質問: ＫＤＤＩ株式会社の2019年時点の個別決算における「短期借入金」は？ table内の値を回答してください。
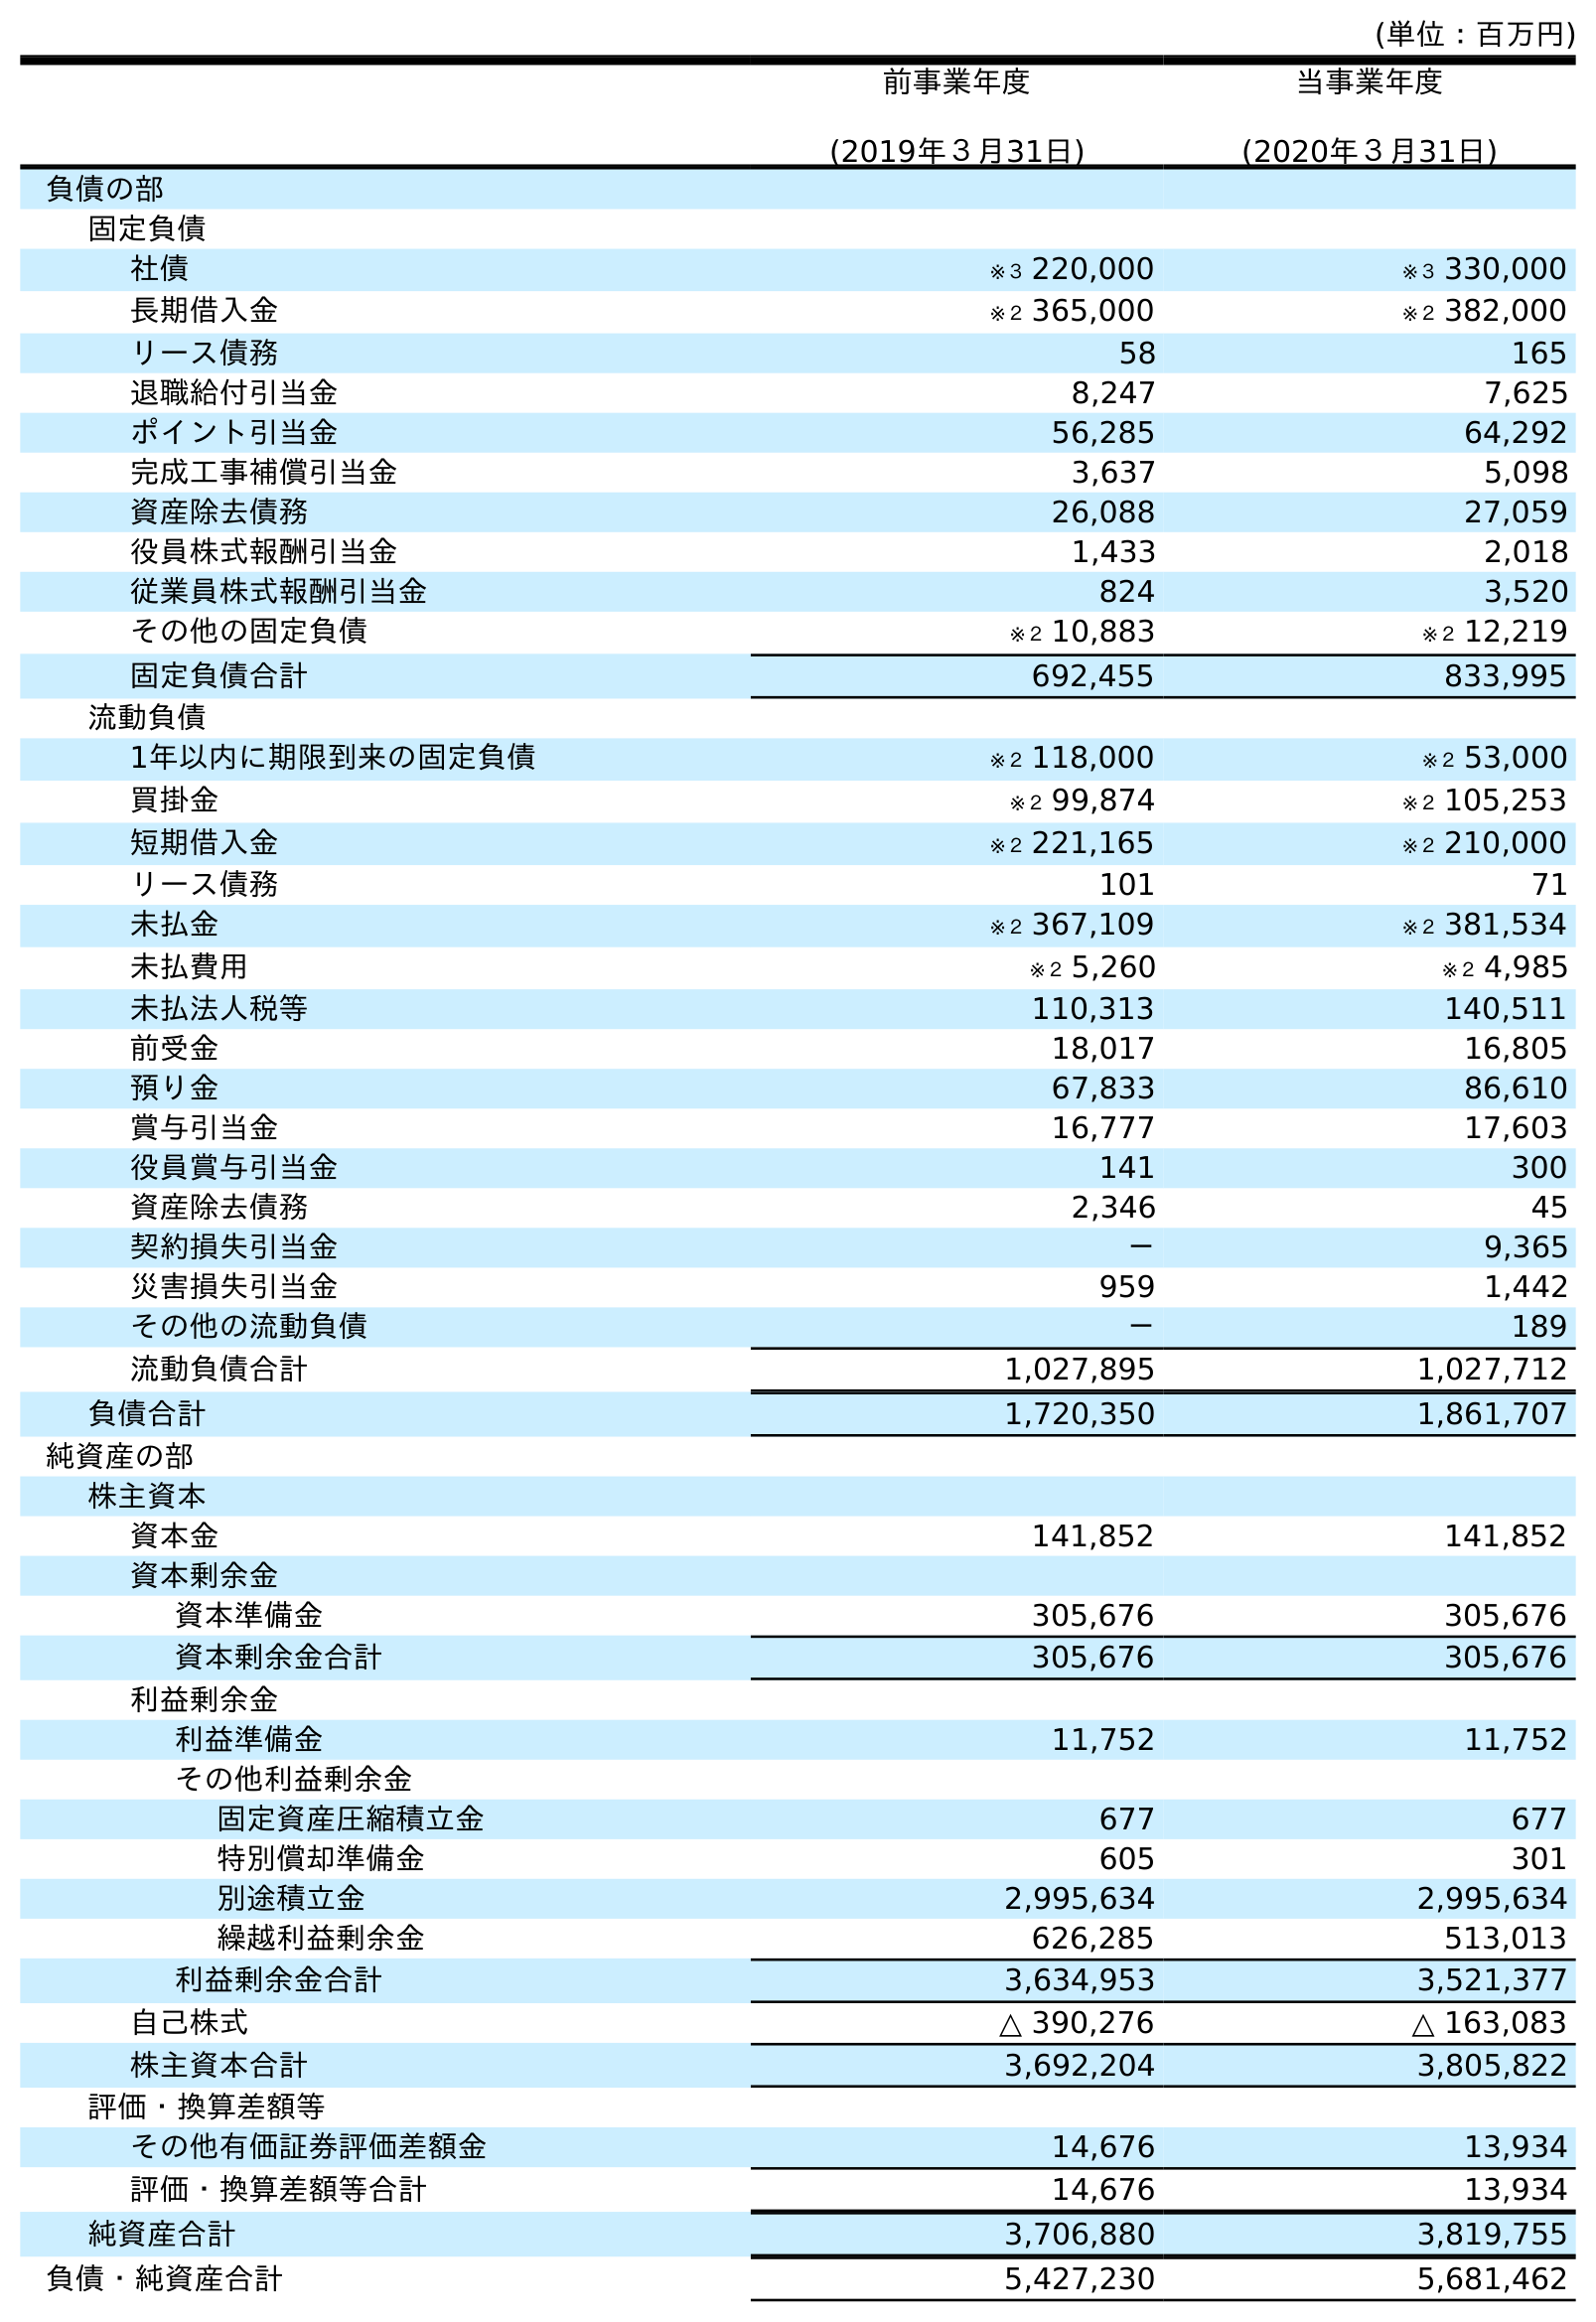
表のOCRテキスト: (単位：百万円) 前事業年度 (2019年３月31日) 当事業年度 (2020年３月31日) 負債の部 固定負債 社債 ※３ 220,000 ※３ 330,000 長期借入金 ※２ 365,000 ※２ 382,000 リース債務 58 165 退職給付引当金 8,247 7,625 ポイント引当金 56,285 64,292 完成工事補償引当金 3,637 5,098 資産除去債務 26,088 27,059 役員株式報酬引当金 1,433 2,018 従業員株式報酬引当金 824 3,520 その他の固定負債 ※２ 10,883 ※２ 12,219 固定負債合計 692,455 833,995 流動負債 1年以内に期限到来の固定負債 ※２ 118,000 ※２ 53,000 買掛金 ※２ 99,874 ※２ 105,253 短期借入金 ※２ 221,165 ※２ 210,000 リース債務 101 71 未払金 ※２ 367,109 ※２ 381,534 未払費用 ※２ 5,260 ※２ 4,985 未払法人税等 110,313 140,511 前受金 18,017 16,805 預り金 67,833 86,610 賞与引当金 16,777 17,603 役員賞与引当金 141 300 資産除去債務 2,346 45 契約損失引当金 － 9,365 災害損失引当金 959 1,442 その他の流動負債 － 189 流動負債合計 1,027,895 1,027,712 負債合計 1,720,350 1,861,707 純資産の部 株主資本 資本金 141,852 141,852 資本剰余金 資本準備金 305,676 305,676 資本剰余金合計 305,676 305,676 利益剰余金 利益準備金 11,752 11,752 その他利益剰余金 固定資産圧縮積立金 677 677 特別償却準備金 605 301 別途積立金 2,995,634 2,995,634 繰越利益剰余金 626,285 513,013 利益剰余金合計 3,634,953 3,521,377 自己株式 △ 390,276 △ 163,083 株主資本合計 3,692,204 3,805,822 評価・換算差額等 その他有価証券評価差額金 14,676 13,934 評価・換算差額等合計 14,676 13,934 純資産合計 3,706,880 3,819,755 負債・純資産合計 5,427,230 5,681,462
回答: ※２221,165